Rangoon Lunatic Asylum 1893-1897 - 1893-1897
Year: 1893
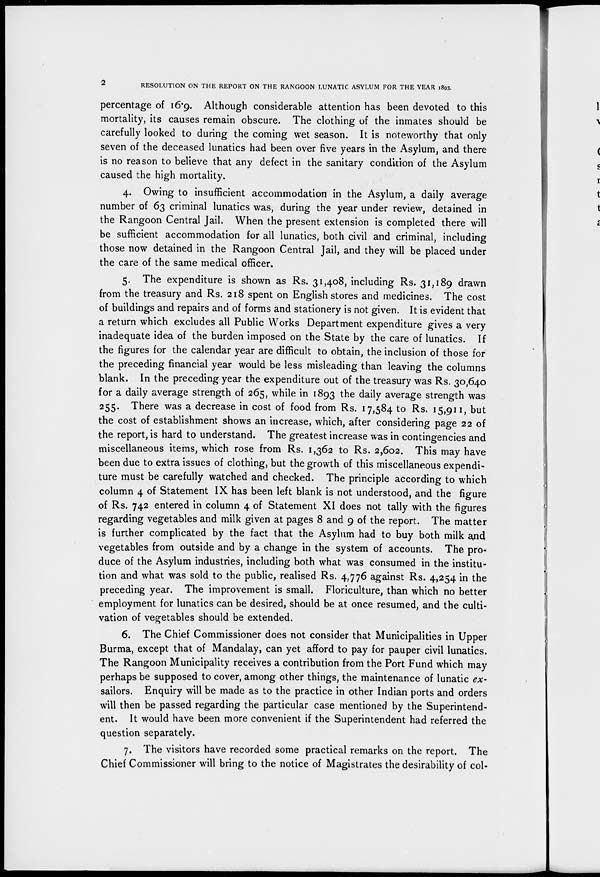
2
RESOLUTION ON THE REPORT ON THE RANGOON LUNATIC ASYLUM FOR THE YEAR 1893.
percentage of 16.9. Although considerable attention has been devoted to this
mortality, its causes remain obscure. The clothing of the inmates should be
carefully looked to during the coming wet season. It is noteworthy that only
seven of the deceased lunatics had been over five years in the Asylum, and there
is no reason to believe that any defect in the sanitary condition of the Asylum
caused the high mortality.
4. Owing to insufficient accommodation in the Asylum, a daily average
number of 63 criminal lunatics was, during the year under review, detained in
the Rangoon Central Jail. When the present extension is completed there will
be sufficient accommodation for all lunatics, both civil and criminal, including
those now detained in the Rangoon Central Jail, and they will be placed under
the care of the same medical officer.
5. The expenditure is shown as Rs. 31,408, including Rs. 31,189 drawn
from the treasury and Rs. 218 spent on English stores and medicines. The cost
of buildings and repairs and of forms and stationery is not given. It is evident that
a return which excludes all Public Works Department expenditure gives a very
inadequate idea of the burden imposed on the State by the care of lunatics. If
the figures for the calendar year are difficult to obtain, the inclusion of those for
the preceding financial year would be less misleading than leaving the columns
blank. In the preceding year the expenditure out of the treasury was Rs. 30,640
for a daily average strength of 265, while in 1893 the daily average strength was
255. There was a decrease in cost of food from Rs. 17,584 to Rs. 15,911, but
the cost of establishment shows an increase, which, after considering page 22 of
the report, is hard to understand. The greatest increase was in contingencies and
miscellaneous items, which rose from Rs. 1,362 to Rs. 2,602. This may have
been due to extra issues of clothing, but the growth of this miscellaneous expendi-
ture must be carefully watched and checked. The principle according to which
column 4 of Statement IX has been left blank is not understood, and the figure
of Rs. 742 entered in column 4 of Statement XI does not tally with the figures
regarding vegetables and milk given at pages 8 and 9 of the report. The matter
is further complicated by the fact that the Asylum had to buy both milk and
vegetables from outside and by a change in the system of accounts. The pro-
duce of the Asylum industries, including both what was consumed in the institu-
tion and what was sold to the public, realised Rs. 4,776 against Rs. 4,254 in the
preceding year. The improvement is small. Floriculture, than which no better
employment for lunatics can be desired, should be at once resumed, and the culti-
vation of vegetables should be extended.
6. The Chief Commissioner does not consider that Municipalities in Upper
Burma, except that of Mandalay, can yet afford to pay for pauper civil lunatics.
The Rangoon Municipality receives a contribution from the Port Fund which may
perhaps be supposed to cover, among other things, the maintenance of lunatic ex-
sailors. Enquiry will be made as to the practice in other Indian ports and orders
will then be passed regarding the particular case mentioned by the Superintend-
ent. It would have been more convenient if the Superintendent had referred the
question separately.
7. The visitors have recorded some practical remarks on the report. The
Chief Commissioner will bring to the notice of Magistrates the desirability of col-